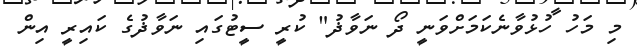
މި މަހު ހުޅުވާނެކަމަށްވަނީ ދޯ ނަވާޛު" ކުރީ ސީޓުގައި ނަވާޛުގެ ކައިރީ އިން